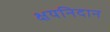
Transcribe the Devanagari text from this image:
क्षयनिदान